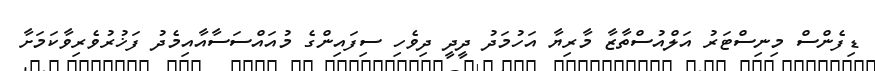
ޑިފެންސް މިނިސްޓަރު އަލްއުސްތާޒާ މާރިޔާ އަހުމަދު ދީދީ ދިވެހި ސިފައިންގެ މުއައްސަސާއާއިމެދު ފަޚުރުވެރިވާކަމަށާ